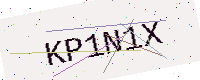
Text: KP1N1X